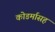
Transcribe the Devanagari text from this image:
कोडर्मासह